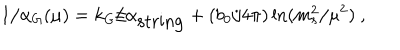
LaTeX: 1 / \alpha _ { G } ( \mu ) = k _ { G } / \alpha _ { \mathrm { s t r i n g } } + ( { b _ { 0 } / { 4 \pi } } ) \ln ( { m _ { s } ^ { 2 } / \mu ^ { 2 } } ) ~ ,